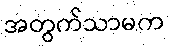
အတွက်သာမက